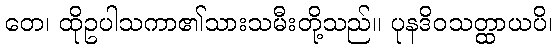
တေ၊ ထိုဥပါသကာ၏သားသမီးတို့သည်။ ပုနဒိဝသတ္ထာယပိ၊